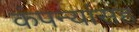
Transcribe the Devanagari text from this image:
कंपन्यांसह